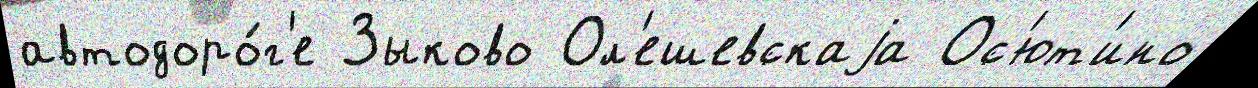
автодоро́г'е Зыково Ол'ешевскаjа Ос'ют'ино